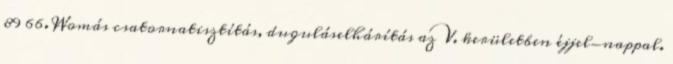
89 66. Womás csatornatisztítás, duguláselhárítás az V. kerületben éjjel-nappal.